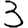
Digit: 3